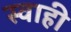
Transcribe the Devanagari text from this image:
स्वाही